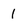
Character: 1